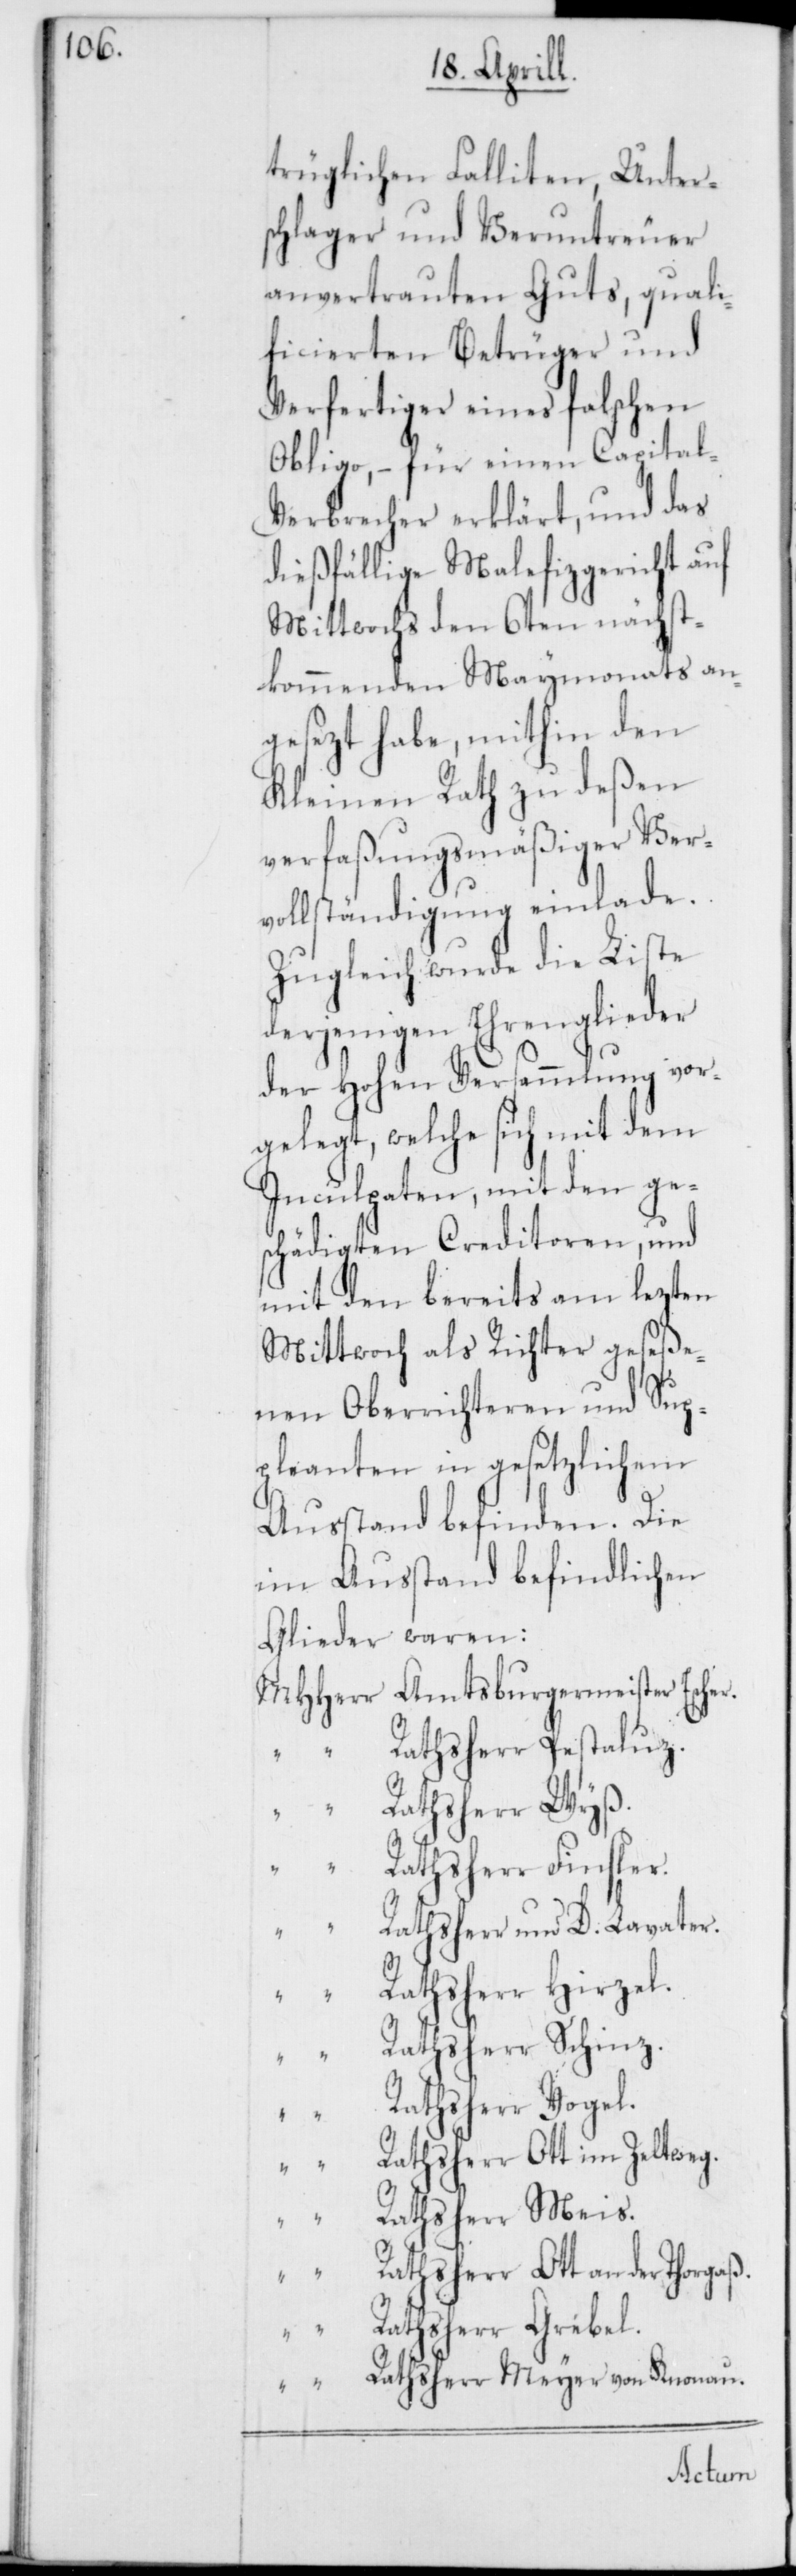
trüglichen Falliten, Unter¬
schlager und Veruntreuer
anvertrauten Guts, quali¬
ficierten Betrüger und
Verfertiger eines falschen
Obligo, – für einen Capital-V¬
erbrecher erklärt, und das
dießfällige Malefizgericht auf
Mittwochs den 6ten nächst¬
kommenden Maymonats an¬
gesezt habe, mithin den
Kleinen Rath zu deßen
verfaßungsmäßiger Ver¬
vollständigung einlade.
Zugleich wurde die Liste
derjenigen Ehrenglieder
der Hohen Versammlung vor¬
gelegt, welche sich mit dem
Inculpaten, mit den ge¬
schädigten Creditoren, und
mit den bereits am lezten
Mittwoch als Richter geseße¬
nen Oberrichteren und Sup¬
pleanten in gesetzlichem
Ausstand befinden. Die
im Ausstand befindlichen
Glieder waren:
Ratsherr Pestaluz.
Ratsherr Finsler.
Ratsherr und D. Lavater.
Ratsherr Hirzel.
Ratsherr Schinz.
Ratsherr Grebel.
s.
Ratsherr Ott an der
Ratsherr Meyer von Knonau.
Escher.